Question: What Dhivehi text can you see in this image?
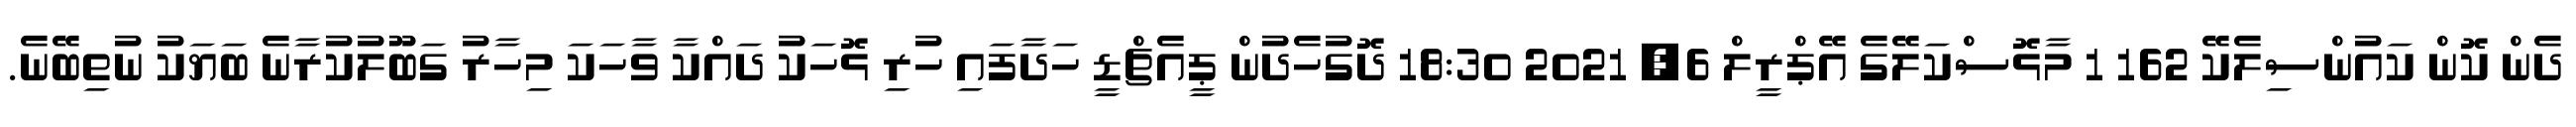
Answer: ދެން ކޮން ކައުންސިލެކޭ 162 1 މާޅޮސްކަލޭގެ އޭޕްރީލް 6, 2021 18:30 ދޮގުހެދުން ޕީއެޗްޑީ ހަދާފައި ހުރި ޅޮހަކު ދައްކާ ވާހަކަ މިހާރު ގަބޫލުކުރާނެ ބަޔަކު ނުތިބޭނެ.